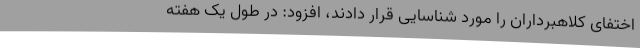
اختفای کلاهبرداران را مورد شناسایی قرار دادند، افزود: در طول یک هفته